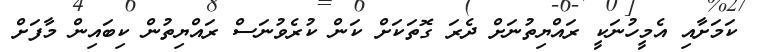
ކަމަށާއި އެމީހުނަކީ ރައްޔިތުނަށް ދެރަ ގޮތަކަށް ކަން ކުރެވުނަސް ރައްޔިތުން ކިބައިން މާފަށް